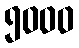
၅၀၀၀